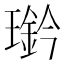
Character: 𤪊